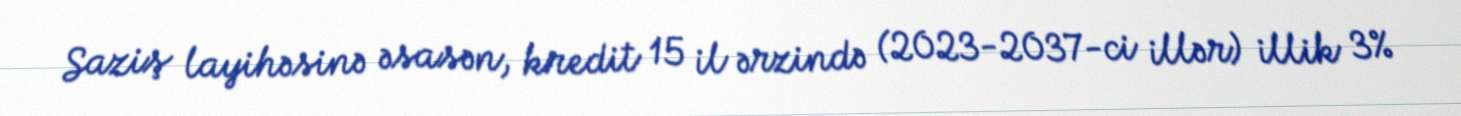
Saziş layihəsinə əsasən, kredit 15 il ərzində (2023-2037-ci illər) illik 3%